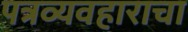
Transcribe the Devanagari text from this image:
पत्रव्यवहाराचा